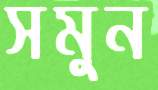
সমুন